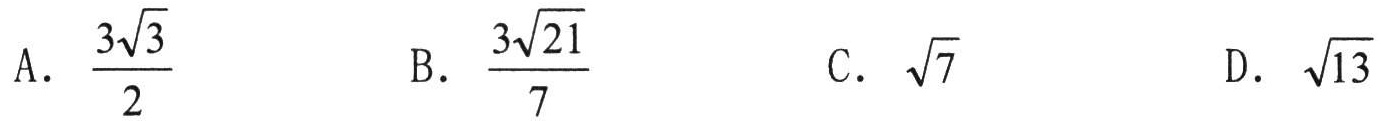
A. $\frac{3\sqrt{3}}{2}$  B. $\frac{3\sqrt{21}}{7}$  C. $\sqrt{7}$  D. $\sqrt{13}$